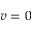
v = 0